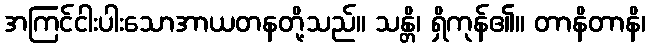
အကြင်ငါးပါးသောအာယတနတို့သည်။ သန္တိ၊ ရှိကုန်၏။ တာနိတာနိ၊